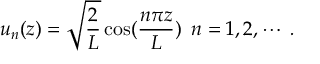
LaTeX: \left( \nabla _ { 1 } ^ { S } \ - \ \nabla _ { 2 } ^ { S } \right) \; \psi \ = \i \; \alpha \; \otimes \; \psi